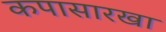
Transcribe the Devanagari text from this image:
कपासारखा